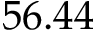
5 6 . 4 4